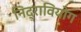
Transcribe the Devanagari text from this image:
निद्रावियोग